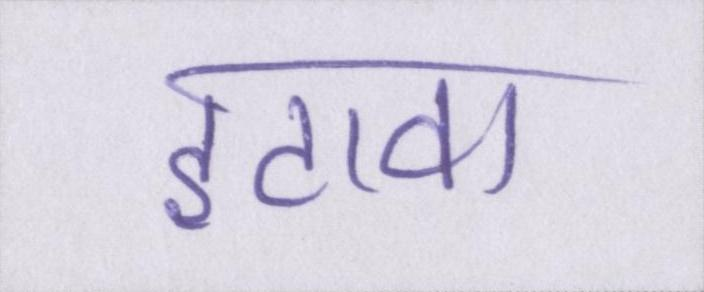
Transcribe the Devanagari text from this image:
इटावा